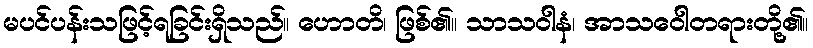
မပင်ပန်းသဖြင့်ရခြင်းရှိသည်။ ဟောတိ၊ ဖြစ်၏။ သာသဝါနံ၊ အာသဝေါတရားတို့၏။